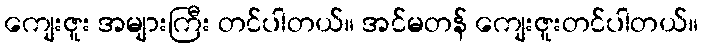
ကျေးဇူး အများကြီး တင်ပါတယ်။ အင်မတန် ကျေးဇူးတင်ပါတယ်။